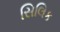
સિલિક